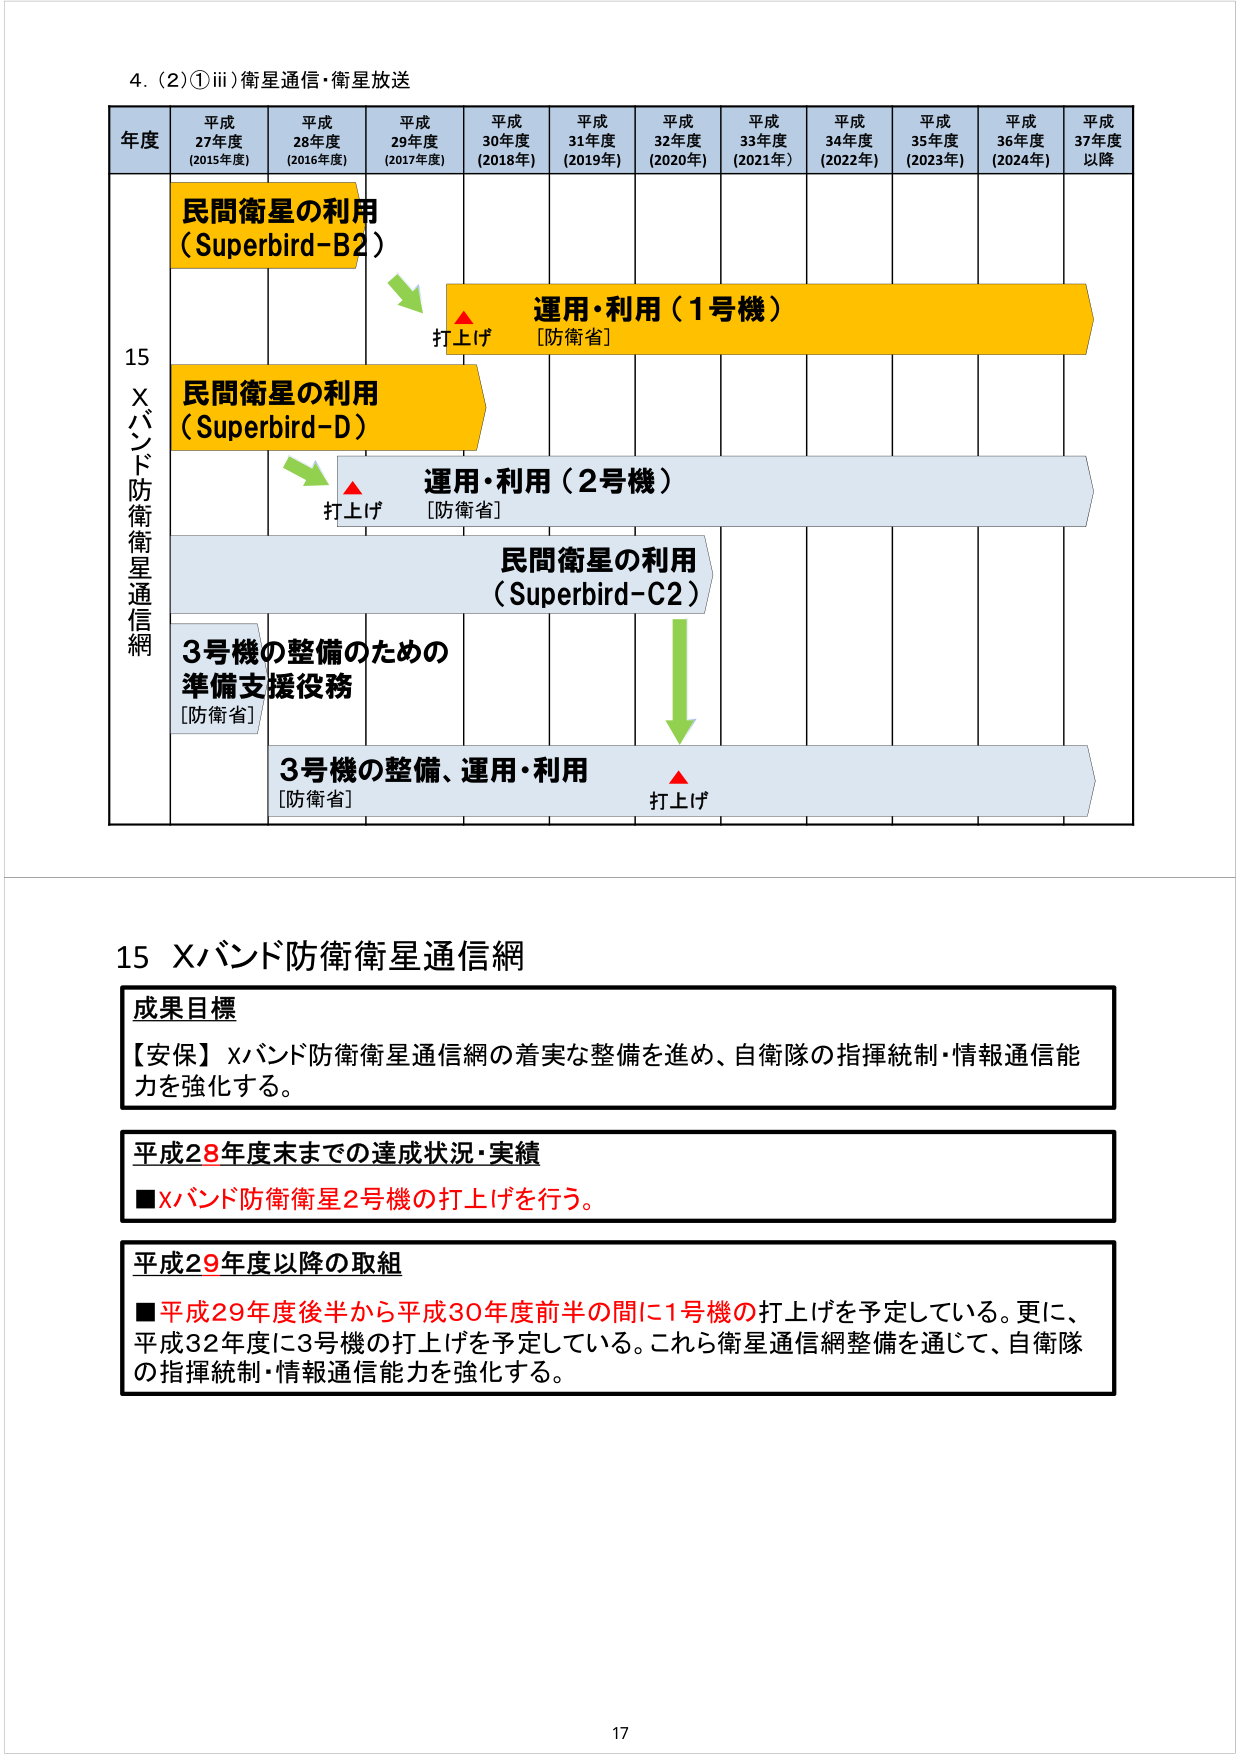
4. (2)①iii) 衛星通信・衛星放送

年度 平成27年度 (2015年度) 平成28年度 (2016年度) 平成29年度 (2017年度) 平成30年度 (2018年) 平成31年度 (2019年) 平成32年度 (2020年) 平成33年度 (2021年) 平成34年度 (2022年) 平成35年度 (2023年) 平成36年度 (2024年) 平成37年度以降

15 Xバンド防衛衛星通信網

民間衛星の利用 (Superbird-B2)

打上げ

運用・利用（1号機） [防衛省]

民間衛星の利用 (Superbird-D)

打上げ

運用・利用（2号機） [防衛省]

民間衛星の利用 (Superbird-C2)

3号機の整備のための準備支援役務 [防衛省]

3号機の整備、運用・利用 [防衛省] 打上げ

15 Xバンド防衛衛星通信網

成果目標
【安保】Xバンド防衛衛星通信網の着実な整備を進め、自衛隊の指揮統制・情報通信能力を強化する。

平成28年度末までの達成状況・実績
■Xバンド防衛衛星2号機の打上げを行う。

平成29年度以降の取組
■平成29年度後半から平成30年度前半の間に1号機の打上げを予定している。更に、平成32年度に3号機の打上げを予定している。これら衛星通信網整備を通じて、自衛隊の指揮統制・情報通信能力を強化する。

17